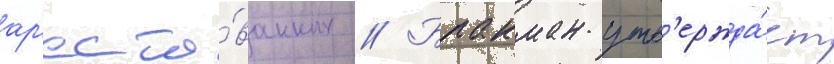
ар'есто́ванных // Бракман утв'ержда́ет